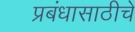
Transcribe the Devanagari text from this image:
प्रबंधासाठीचे